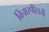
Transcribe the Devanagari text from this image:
विचारपीठाची